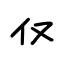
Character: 仅